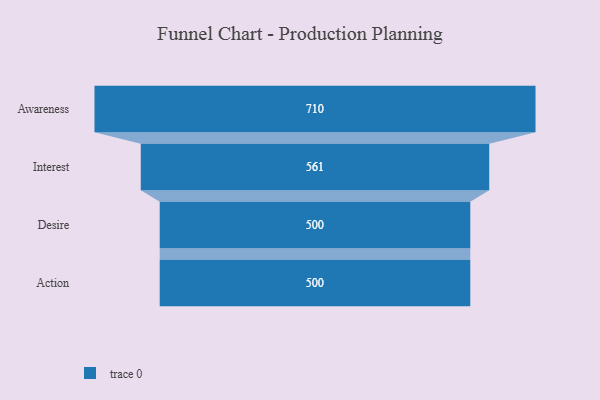
{"axis": {"x": "Stage", "y": "Value"}, "legend": [""], "data": [{"x": "Awareness", "y": 710.0, "type": ""}, {"x": "Interest", "y": 561.0, "type": ""}, {"x": "Desire", "y": 500, "type": ""}, {"x": "Action", "y": 500, "type": ""}]}